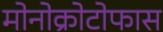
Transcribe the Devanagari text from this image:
मोनोक्रोटोफास